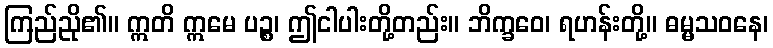
ကြည်ညို၏။ ဣတိ ဣမေ ပဉ္စ၊ ဤငါပါးတို့တည်း။ ဘိက္ခဝေ၊ ရဟန်းတို့။ ဓမ္မသဝနေ၊